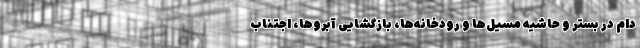
دام در بستر و حاشیه مسیل‌ها و رودخانه‌ها، بازگشایی آبروها، اجتناب